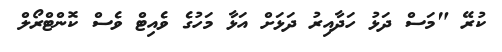
ކުރޭ "މަސް ދަޅު ހަދާއިރު ދަޅަށް އަޅާ މަހުގެ ވެއިޓް ވެސް ކޮންޓްރޯލް